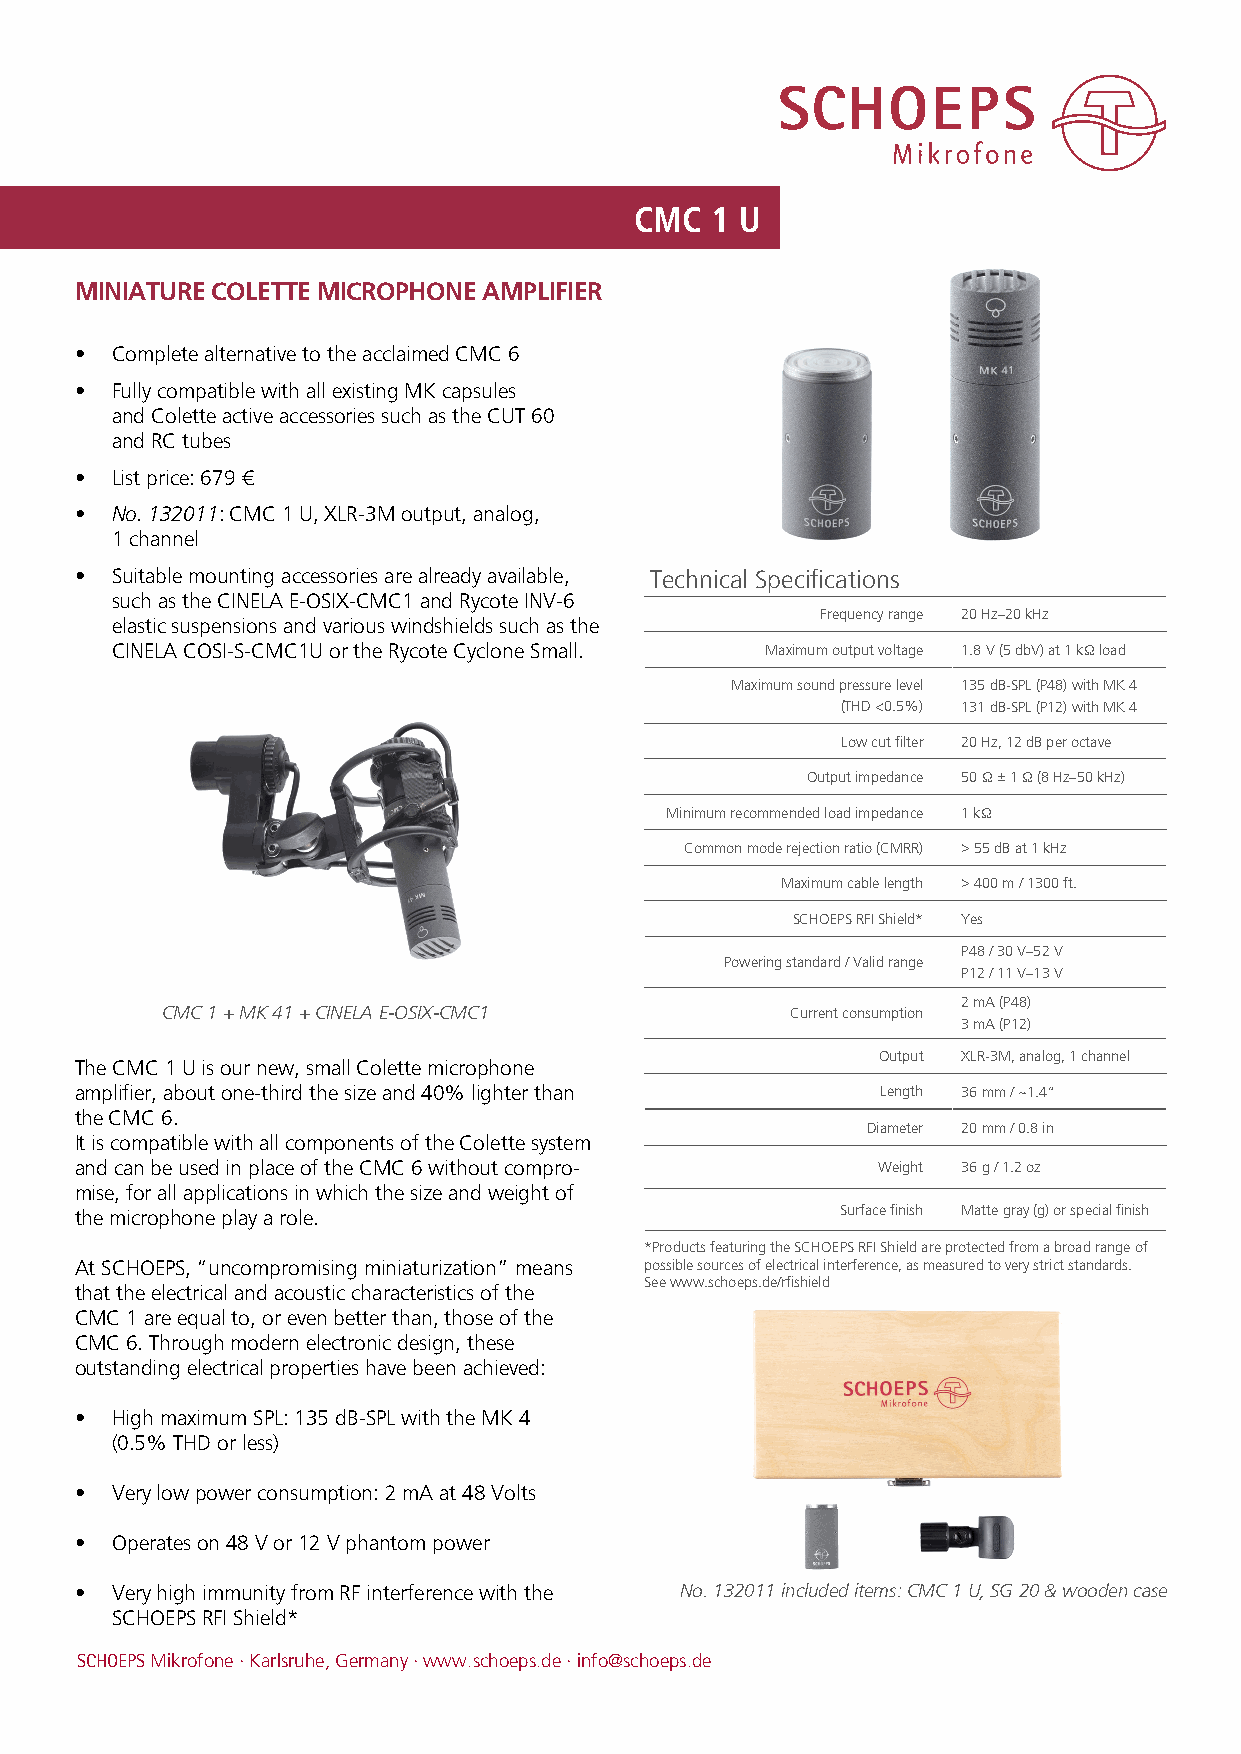
CMC  1 U
 MINIATURE COLETTE MICROPHONE AMPLIFIER
 • Complete alternative to the acclaimed CMC 6
 • Fully compatible with all existing MK capsules
 and Colette active accessories such as the CUT 60
 and RC tubes
 • List price: 679 €
 • No. 132011: CMC 1 U, XLR-3M output, analog,
 1 channel
 • Suitable mounting accessories are already available, Technical Specifications
 such as the CINELA E-OSIX-CMC1 and Rycote INV-6
 Frequency range 20 Hz–20 kHz
 elastic suspensions and various windshields such as the
 CINELA COSI-S-CMC1U or the Rycote Cyclone Small. Maximum output voltage 1.8 V (5 dbV) at 1 kΩ load
 Maximum sound pressure level 135 dB-SPL (P48) with MK 4
 (THD <0.5%) 131 dB-SPL (P12) with MK 4
 Low cut filter 20 Hz, 12 dB per octave
 Output impedance 50 Ω ± 1 Ω (8 Hz–50 kHz)
 Minimum recommended load impedance 1 kΩ
 Common mode rejection ratio (CMRR) > 55 dB at 1 kHz
 Maximum cable length > 400 m / 1300 ft.
 SCHOEPS RFI Shield* Yes
 P48 / 30 V–52 V
 Powering standard / Valid range
 P12 / 11 V–13 V
 2 mA (P48)
 CMC 1 + MK 41 + CINELA E-OSIX-CMC1       Current consumption
 3 mA (P12)
 Output XLR-3M, analog, 1 channel
 The CMC 1 U is our new, small Colette microphone
 amplifier, about one-third the size and 40% lighter than Length 36 mm / ~1.4“
 the CMC 6.
 Diameter 20 mm / 0.8 in
 It is compatible with all components of the Colette system
 and can be used in place of the CMC 6 without compro- Weight 36 g / 1.2 oz
 mise, for all applications in which the size and weight of
 the microphone play a role.                        Surface finish Matte gray (g) or special finish
 *Products featuring the SCHOEPS RFI Shield are protected from a broad range of
 At SCHOEPS, “uncompromising miniaturization” means possible sources of electrical interference, as measured to very strict standards.
 See www.schoeps.de/rfishield
 that the electrical and acoustic characteristics of the
 CMC 1 are equal to, or even better than, those of the
 CMC 6. Through modern electronic design, these
 outstanding electrical properties have been achieved:
 • High maximum SPL: 135 dB-SPL with the MK 4
 (0.5% THD or less)
 • Very low power consumption: 2 mA at 48 Volts
 • Operates on 48 V or 12 V phantom power
 • Very high immunity from RF interference with the No. 132011 included items: CMC 1 U, SG 20 & wooden case
 SCHOEPS RFI Shield*
 SCHOEPS Mikrofone · Karlsruhe, Germany · www.schoeps.de · info@schoeps.de